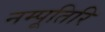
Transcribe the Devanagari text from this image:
नम्पूतिरि